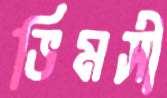
ভিমসী